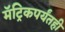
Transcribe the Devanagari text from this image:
मॅट्रिकपर्यंतही